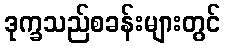
ဒုက္ခသည်စခန်းများတွင်